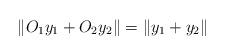
LaTeX: \begin{align*}\|O_1y_1+O_2y_2\|=\|y_1+y_2\|\end{align*}